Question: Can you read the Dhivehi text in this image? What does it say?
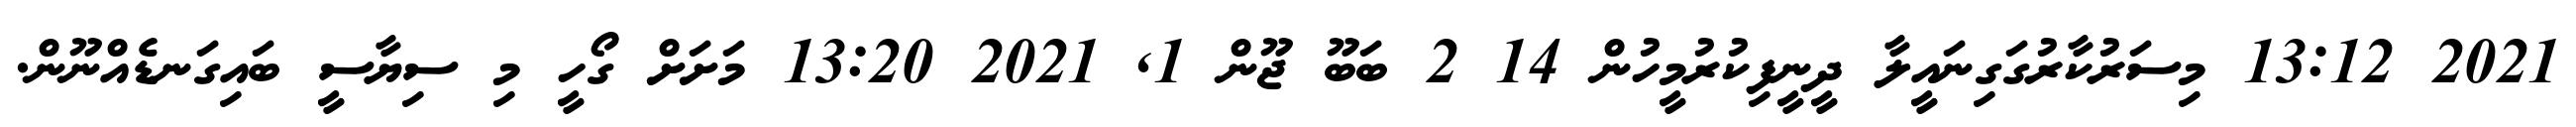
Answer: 2021 13:12 މިސަރުކާރުގަގިނައީލާ ދީނީފިކުރުމީހުން 14 2 ބަބޫ ޖޫން 1, 2021 13:20 މަށަށް ގޯހީ މި ސިޔާސީ ބައިގަނޑެއްނޫން.